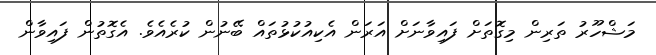
މަޝްހޫރު ތަރިން މިގޮތަށް ފައިވާނަށް އަރަން އެކިއުކުޅުތައް ބޭނުން ކުރެއެވެ. އެގޮތުން ފައިވާން